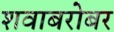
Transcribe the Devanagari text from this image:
शवाबरोबर